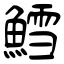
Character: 鱈